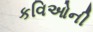
કવિઓની